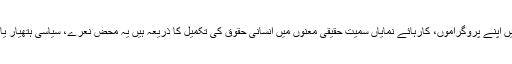
’’اسلامی رفاہی و فلاحی تنظیمیں اپنے پروگراموں، کارہائے نمایاں سمیت حقیقی معنوں میں انسانی حقوق کی تکمیل کا ذریعہ ہیں یہ محض نعرے، سیاسی ہتھیار یا سفارتی دبائو کی آلہ کار نہیں۔